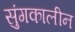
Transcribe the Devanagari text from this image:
सुंगकालीन